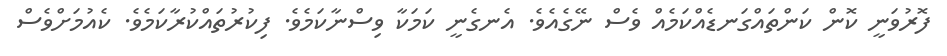
ފޮރުވަނީ ކޮން ކަންތައްގަނޑެއްކަމެއް ވެސް ނޭގެއެވެ. އެނގެނީ ކަމަކާ ވިސްނާކަމެވެ. ފިކުރުތައްކުރާކަމެވެ. ކެއުމަށްވެސް